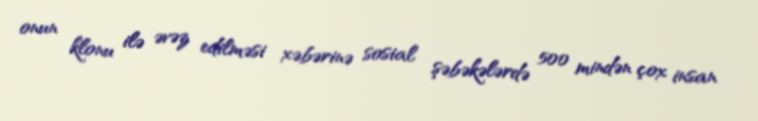
onun klonu ilə əvəz edilməsi xəbərinə sosial şəbəkələrdə 500 mindən çox insan